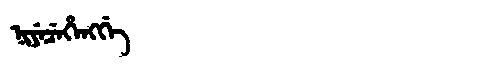
Manchu: ᠨᡳᠶᡝᠴᡝᡥᡝᠩᡤᡝ
Romanization: NIYECEHENGGE